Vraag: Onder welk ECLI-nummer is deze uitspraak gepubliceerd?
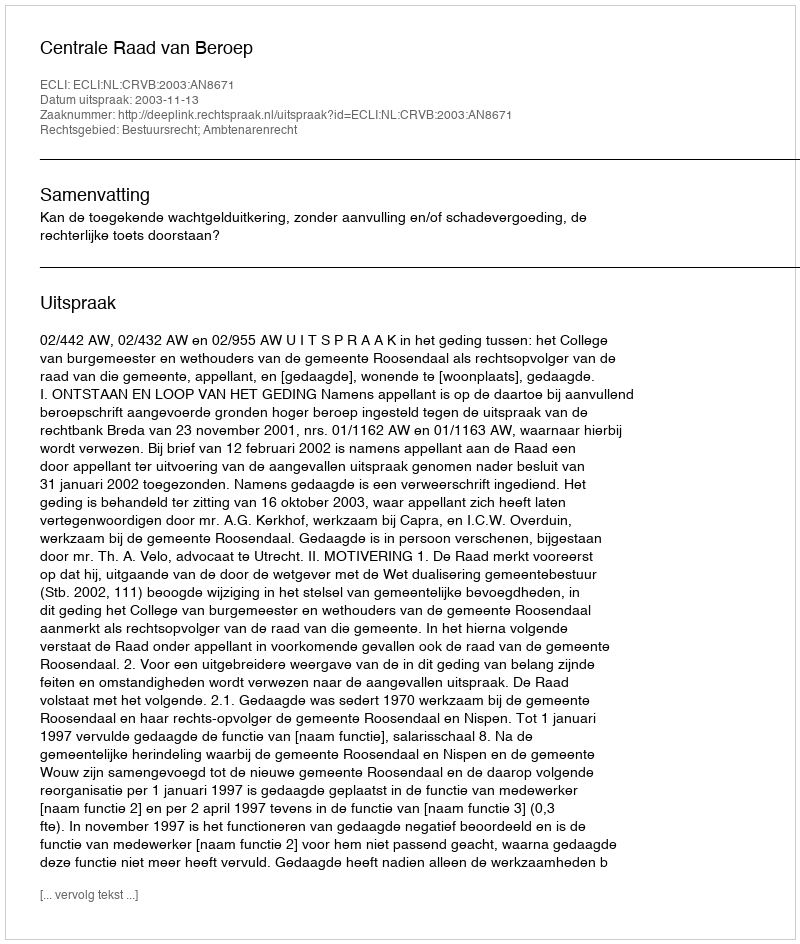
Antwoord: ECLI:NL:CRVB:2003:AN8671